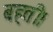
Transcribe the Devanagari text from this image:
बहती।